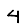
Digit: 4